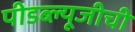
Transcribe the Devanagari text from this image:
पीडब्ल्यूजीची